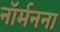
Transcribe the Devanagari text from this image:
नॉर्मनना